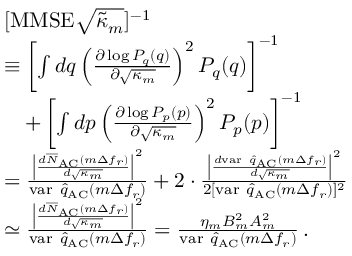
\begin{array} { r l } & { [ \mathrm { M M S E } \sqrt { \tilde { \kappa } _ { m } } ] ^ { - 1 } } \\ & { \equiv \left[ \int d q \left( \frac { \partial \log P _ { q } ( q ) } { \partial \sqrt { \kappa _ { m } } } \right) ^ { 2 } P _ { q } ( q ) \right] ^ { - 1 } } \\ & { \quad + \left[ \int d p \left( \frac { \partial \log P _ { p } ( p ) } { \partial \sqrt { \kappa _ { m } } } \right) ^ { 2 } P _ { p } ( p ) \right] ^ { - 1 } } \\ & { = \frac { \left| \frac { d \overline { N } _ { \mathrm { A C } } ( m \Delta f _ { r } ) } { d \sqrt { \kappa _ { m } } } \right| ^ { 2 } } { \mathrm { v a r ~ } \hat { q } _ { \mathrm { A C } } ( m \Delta f _ { r } ) } + 2 \cdot \frac { \left| \frac { d \mathrm { v a r ~ } \hat { q } _ { \mathrm { A C } } ( m \Delta f _ { r } ) } { d \sqrt { \kappa _ { m } } } \right| ^ { 2 } } { 2 [ \mathrm { v a r ~ } \hat { q } _ { \mathrm { A C } } ( m \Delta f _ { r } ) ] ^ { 2 } } } \\ & { \simeq \frac { \left| \frac { d \overline { N } _ { \mathrm { A C } } ( m \Delta f _ { r } ) } { d \sqrt { \kappa _ { m } } } \right| ^ { 2 } } { \mathrm { v a r ~ } \hat { q } _ { \mathrm { A C } } ( m \Delta f _ { r } ) } = \frac { \eta _ { m } B _ { m } ^ { 2 } A _ { m } ^ { 2 } } { \mathrm { v a r ~ } \hat { q } _ { \mathrm { A C } } ( m \Delta f _ { r } ) } \, . } \end{array}